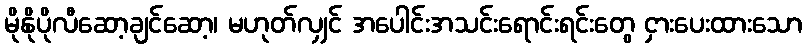
မိုနိုပိုလီဆော့ချင်ဆော့၊ မဟုတ်လျှင် အပေါင်းအသင်းရောင်းရင်းတွေ ငှားပေးထားသော